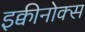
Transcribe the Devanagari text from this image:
इक्वीनोक्स